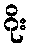
ဂိုး